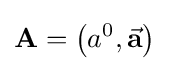
\mathbf {A} =\left(a^{0},{\vec {\mathbf {a} }}\right)